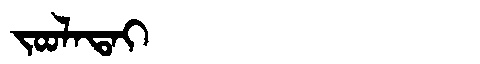
Manchu: ᠵᠣᠣᠯᠠᡨᠠᡳ
Romanization: JOOLATAI